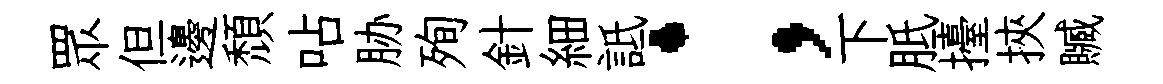
眾但邊頽呫胁殉針細詆；下胝擡挾贓